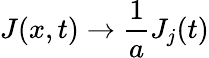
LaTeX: J(x,t)\rightarrow\frac{1}{a}J_{j}(t)